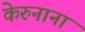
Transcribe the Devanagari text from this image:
केरुनाना